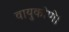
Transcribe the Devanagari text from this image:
वायुकोणे।